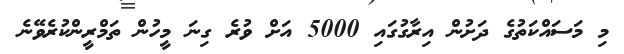
މި މަސައްކަތުގެ ދަށުން އިރާގުގައި 5000 އަށް ވުރެ ގިނަ މީހުން ތަމްރީންކުރެވޭނެ